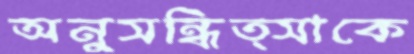
অনুসন্ধিত্সাকে